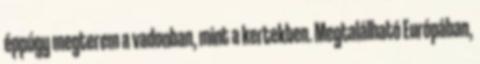
éppúgy megterem a vadonban, mint a kertekben. Megtalálható Európában,